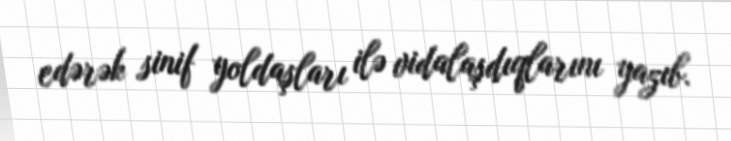
edərək sinif yoldaşları ilə vidalaşdıqlarını yazıb.